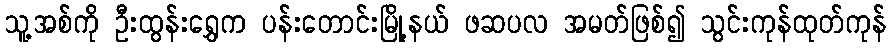
သူ့အစ်ကို ဦးထွန်းရွှေက ပန်းတောင်းမြို့နယ် ဖဆပလ အမတ်ဖြစ်၍ သွင်းကုန်ထုတ်ကုန်